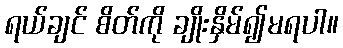
ရယ်ချင် စိတ်ကို ချိုးနှိမ်၍မရပါ။